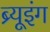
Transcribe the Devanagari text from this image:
ब्र्यूइंग